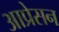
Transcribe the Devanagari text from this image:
आप्रेसन